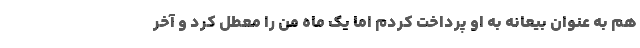
هم به عنوان بیعانه به او پرداخت کردم اما یک ماه من را معطل کرد و آخر